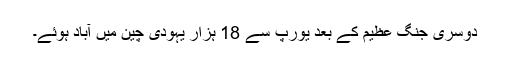
دوسری جنگ عظیم کے بعد یورپ سے 18 ہزار یہودی چین میں آباد ہوئے۔